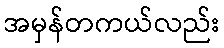
အမှန်တကယ်လည်း